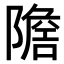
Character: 𨼧